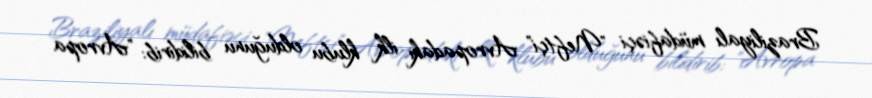
Braziliyalı müdafiəçi "Neftçi" Avropadakı ilk klubu olduğunu bilidirib: "Avropa